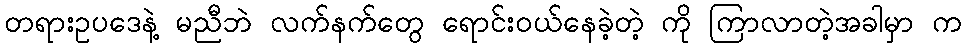
တရားဥပဒေနဲ့ မညီဘဲ လက်နက်တွေ ရောင်းဝယ်နေခဲ့တဲ့ ကို ကြာလာတဲ့အခါမှာ က